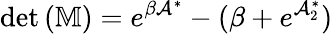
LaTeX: \operatorname*{det}\left(\mathbb{M}\right)=e^{\beta\mathcal{A}^{\ast}}-(\beta+e^{\mathcal{A}_{2}^{\ast}})